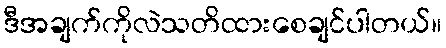
ဒီအချက်ကိုလဲသတိထားစေချင်ပါတယ်။